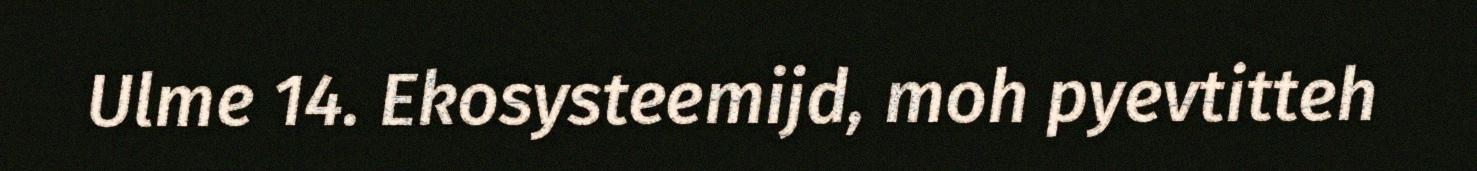
Ulme 14. Ekosysteemijd, moh pyevtitteh